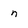
Character: n